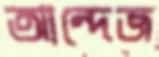
আন্দেজ